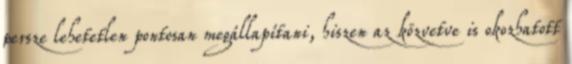
persze lehetetlen pontosan megállapítani, hiszen az közvetve is okozhatott